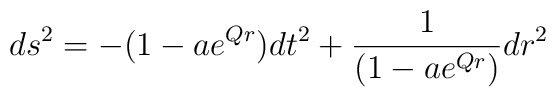
ds^{2} = - (1 - ae^{Q r}) dt^{2} + \frac{1}{(1 - ae^{Q r})}dr^{2}